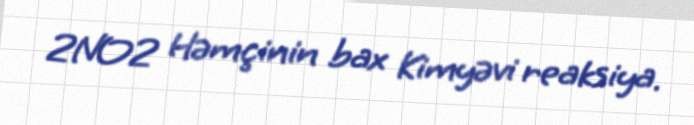
2NO2 Həmçinin bax Kimyəvi reaksiya.